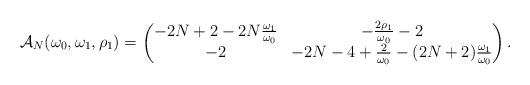
LaTeX: \begin{align*}\mathcal A_N(\omega_0,\omega_1,\rho_1) = \begin{pmatrix} -2N+2-2N\frac{\omega_1}{\omega_0} & -\frac{2\rho_1}{\omega_0}-2 \\-2 & -2N-4+\frac2{\omega_0}-(2N+2)\frac{\omega_1}{\omega_0} \end{pmatrix}.\end{align*}